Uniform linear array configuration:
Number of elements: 8
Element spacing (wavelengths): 0.5
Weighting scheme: binomial
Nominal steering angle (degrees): -15
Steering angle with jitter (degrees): -16.064
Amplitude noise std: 0.05
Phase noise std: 0.05

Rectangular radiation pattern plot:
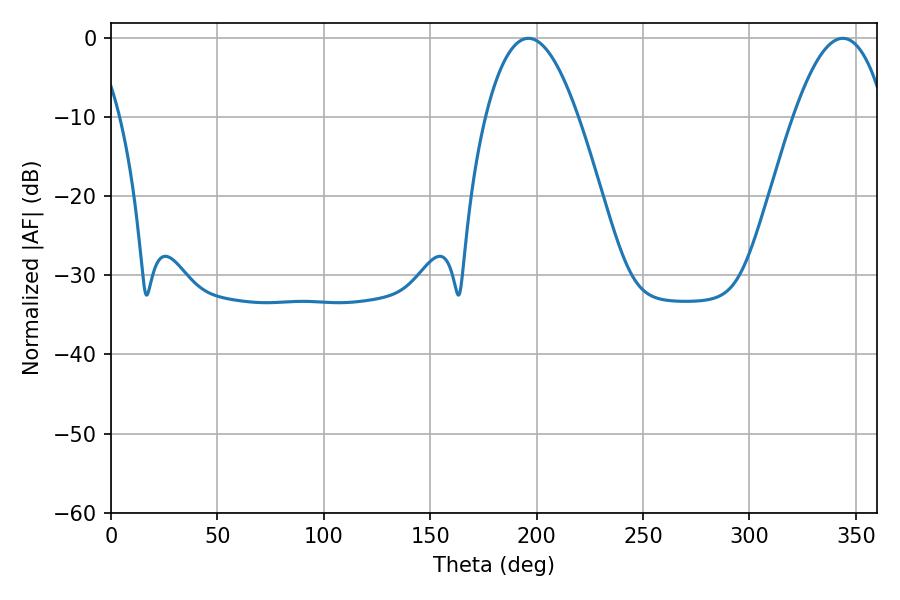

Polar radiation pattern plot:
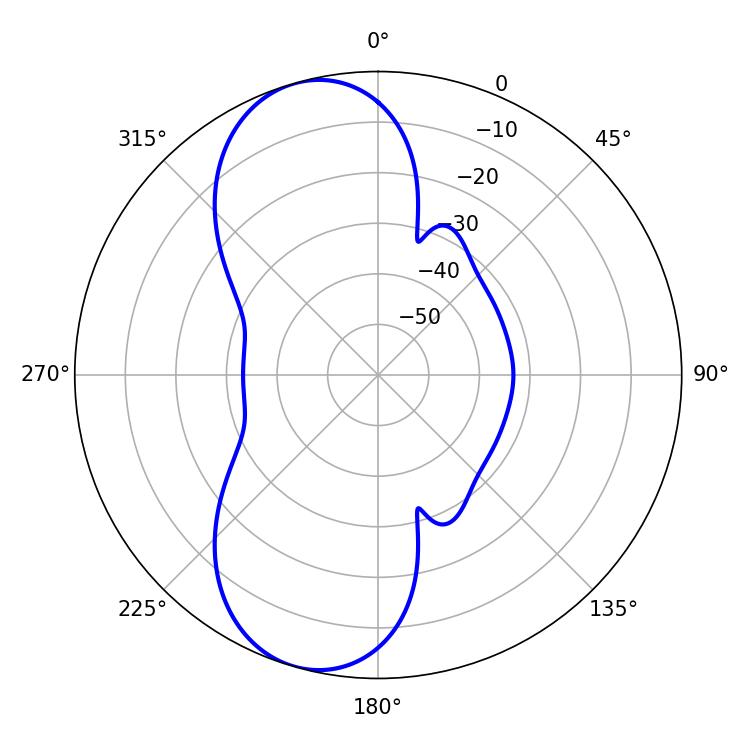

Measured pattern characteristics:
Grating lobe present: FALSE
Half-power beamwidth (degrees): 23.76
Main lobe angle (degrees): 196.2